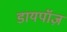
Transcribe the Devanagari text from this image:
डायपॉज़